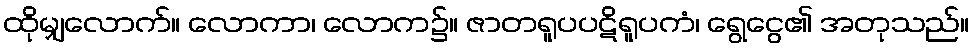
ထိုမျှလောက်။ လောကာ၊ လောက၌။ ဇာတရူပပဋိရူပကံ၊ ရွေငွေ၏ အတုသည်။